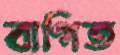
বাগিত